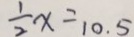
\frac { 1 } { 2 } x = 1 0 . 5